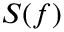
S ( f )